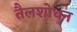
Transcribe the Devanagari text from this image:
तैलशोधन